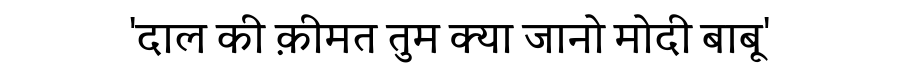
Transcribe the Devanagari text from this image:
'दाल की क़ीमत तुम क्या जानो मोदी बाबू'